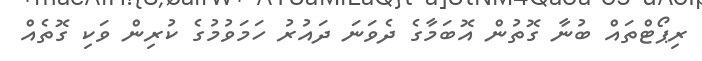
ރިޕޯޓްތައް ބުނާ ގޮތުން އޮބަމާގެ ދެވަނަ ދައުރު ހަމަވުމުގެ ކުރިން ވަކި ގޮތެއް